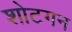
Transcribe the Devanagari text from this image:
शोटगन